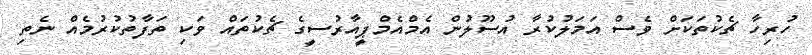
ހުރިހާ ޗެކުތަކަށް ވެސް އަމަލުކުރާ އުސޫލުން އެމްއެމްޕީއާރުސީގެ ޗެކުތައް ވަކި ތަފާތުކުރުމެއް ނެތި